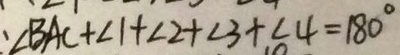
\angle B A C + \angle 1 + \angle 2 + \angle 3 + \angle 4 = 1 8 0 ^ { \circ }